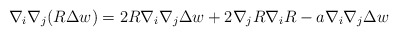
\begin{align*}\nabla_i\nabla_j(R\Delta w)=2R\nabla_i\nabla_j\Delta w+2\nabla_jR\nabla_iR-a\nabla_i\nabla_j\Delta w\end{align*}